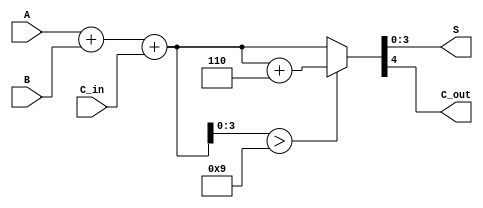
module BCD_Hybrid_Adder (
    input [3:0] A,        // First BCD digit
    input [3:0] B,        // Second BCD digit
    input C_in,           // Carry-in from previous addition
    output reg [3:0] S,   // Resulting BCD digit
    output reg C_out      // Carry-out to the next decimal digit
);

    wire [4:0] binary_sum; // 5 bits to accommodate carry
    wire [4:0] corrected_sum; // 5 bits for the corrected sum
    wire is_bcd_invalid; // Flag to check if the sum is a valid BCD

    // Step 1: Binary addition of A, B and C_in
    assign binary_sum = A + B + C_in;

    // Step 2: Check if the binary sum is greater than 9 (4'b1001)
    assign is_bcd_invalid = binary_sum[3:0] > 4'b1001;

    // Step 3: BCD correction logic
    always @(*) begin
        if (is_bcd_invalid) begin
            // If invalid BCD, add 6 (4'b0110)
            corrected_sum = binary_sum + 5'b0110;
        end else begin
            // If valid BCD, no correction needed
            corrected_sum = binary_sum;
        end

        // Step 4: Assign outputs
        S = corrected_sum[3:0]; // Resulting BCD digit
        C_out = corrected_sum[4]; // Carry-out
    end

endmodule